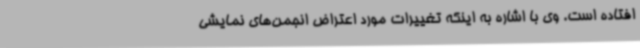
افتاده است. وی با اشاره به اینکه تغییرات مورد اعتراض انجمن‌های نمایشی